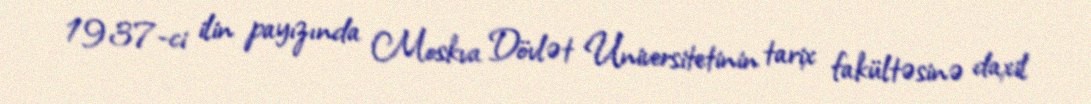
1937-ci ilin payızında Moskva Dövlət Universitetinin tarix fakültəsinə daxil